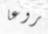
مروعا